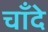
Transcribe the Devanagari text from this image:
चाँदे